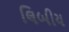
લિબીય